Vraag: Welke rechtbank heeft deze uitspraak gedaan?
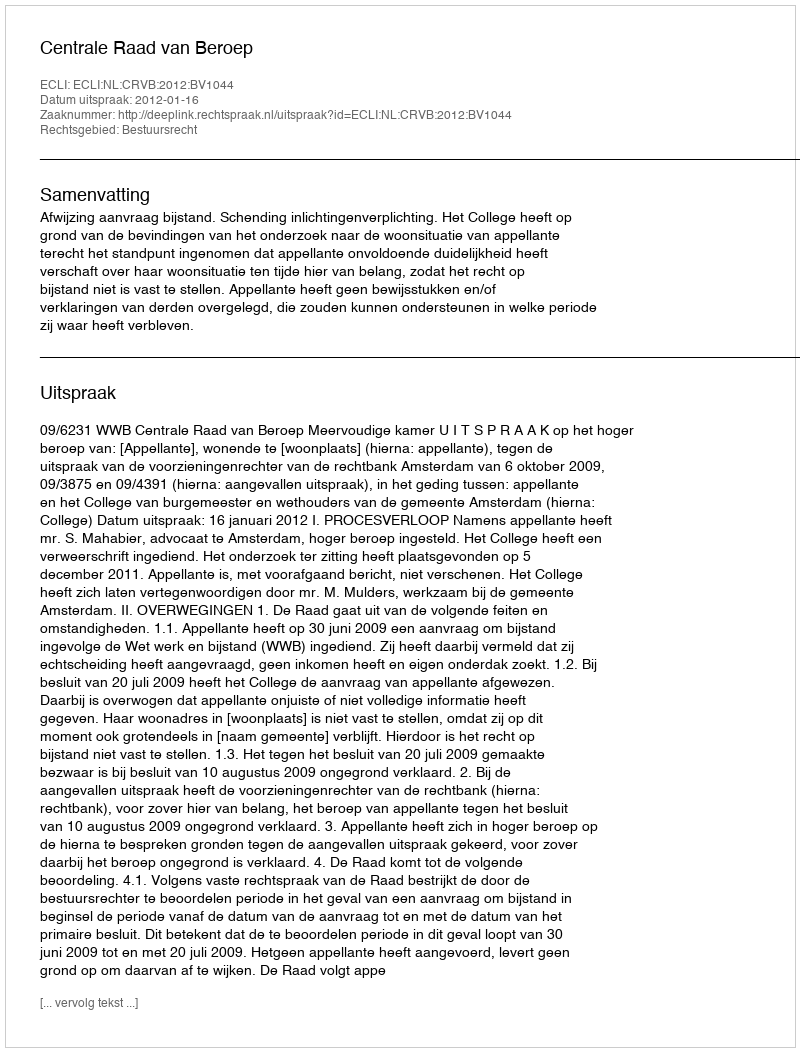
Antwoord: Centrale Raad van Beroep